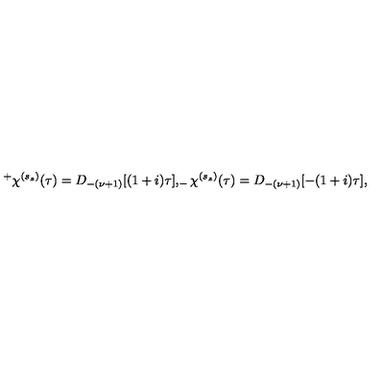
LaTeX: ^ { + } \chi ^ { ( s _ { z } ) } ( \tau ) = D _ { - ( \nu + 1 ) } [ ( 1 + i ) \tau ] , _ { - } \chi ^ { ( s _ { z } ) } ( \tau ) = D _ { - ( \nu + 1 ) } [ - ( 1 + i ) \tau ] ,